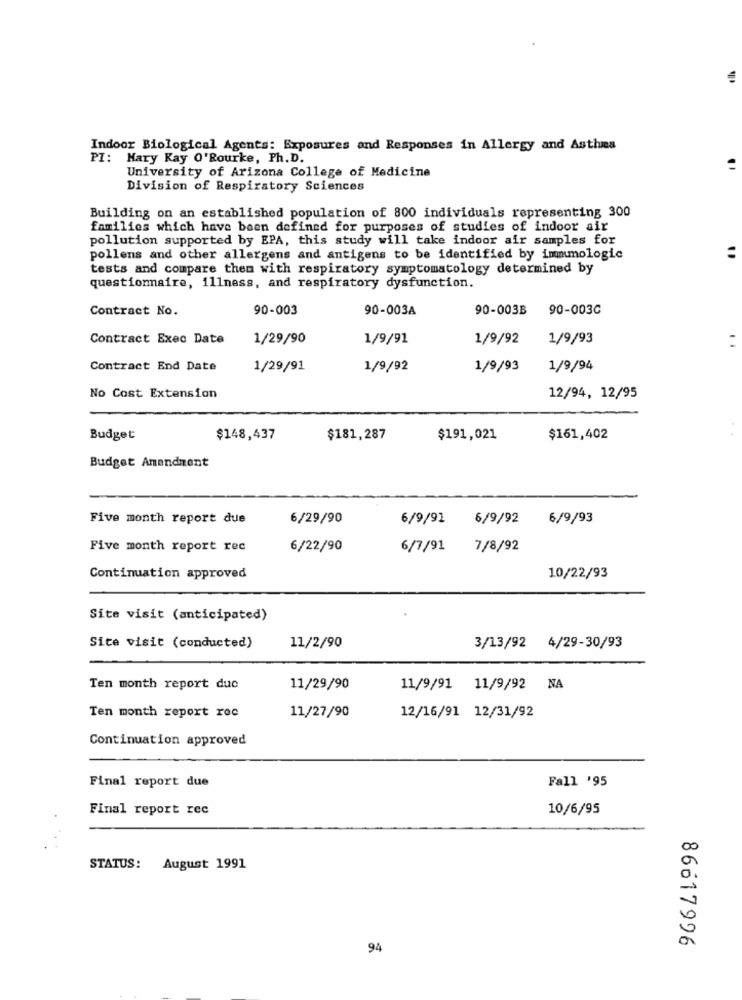
Indoor Biological Agents: Exposures and Responses in Allergy and Asthis
PI: Mary Kay O'Rourke, Ph.D.
University of Arizona College of Medicine
Division of Respiratory Sciences
Building on an established population of 800 individuals representing 300
families which have been defined for purposes of studies of indoor air
pollution supported by EPA, this study will take indoor air samples for
pollens and other allergens and antigens to be identified by immunologic
tests and compare them with respiratory symptomatology determined by
questionnaire, illness, and respiratory dysfunction.
Contract No.
90-003
90-003A
90-003B 90-0030
Contract Exec Date
1/29/90
1/9/91
1/9/92
1/9/93
Contract End Date
1/29/91
1/9/92
1/9/93
1/9/94
No Cost Extension
12/94, 12/95
Budget
$148,437
$181,287
$191,021
$161,402
Budget Amendment
Five month report due
6/29/90
6/9/91
6/9/92
6/9/93
Five month report rec
6/22/90
6/7/91 7/8/92
10/22/93
Continuation approved
Site visit (anticipated)
Site visit (conducted)
11/2/90
3/13/92 4/29-30/93
Ten month report duc
11/29/90
11/9/91 11/9/92 NA
Ten month report rec
11/27/90
12/16/91 12/31/92
Continuation approved
Final report due
Fall '95
Final report rec
10/6/95
STATUS: August 1991
86617996
94